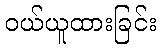
ဝယ်ယူထားခြင်း